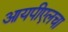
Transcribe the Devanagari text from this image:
आयपीएलचा